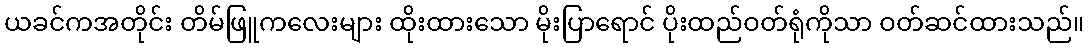
ယခင်ကအတိုင်း တိမ်ဖြူကလေးများ ထိုးထားသော မိုးပြာရောင် ပိုးထည်ဝတ်ရုံကိုသာ ဝတ်ဆင်ထားသည်။